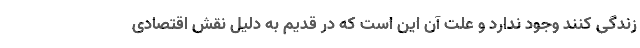
زندگی کنند وجود ندارد و علت آن این است که در قدیم به دلیل نقش اقتصادی